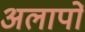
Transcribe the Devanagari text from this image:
अलापों